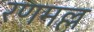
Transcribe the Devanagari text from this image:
रणमल्ल